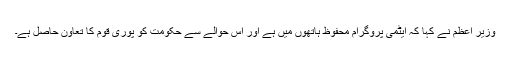
وزیر اعظم نے کہا کہ ایٹمی پروگرام محفوظ ہاتھوں میں ہے اور اس حوالے سے حکومت کو پوری قوم کا تعاون حاصل ہے۔